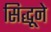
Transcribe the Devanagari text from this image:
सिद्धूने